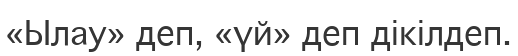
«Ылау» деп, «үй» деп дікілдеп.